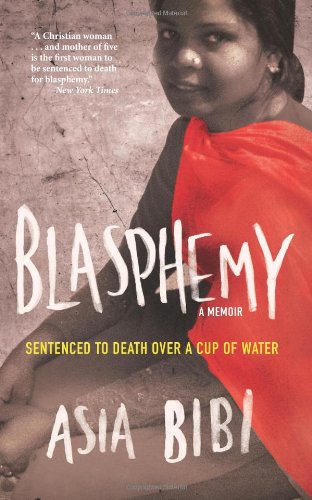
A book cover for Blasphemy: A Memoir: Sentenced to Death Over a Cup of Water; Asia Bibi; Religion & Spirituality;